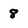
Character: 8